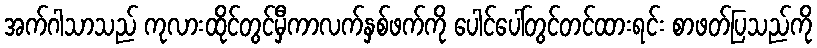
အက်ဂါသာသည် ကုလားထိုင်တွင်မှီကာလက်နှစ်ဖက်ကို ပေါင်ပေါ်တွင်တင်ထားရင်း စာဖတ်ပြသည်ကို